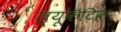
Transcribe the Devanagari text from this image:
ल्यूकॅटिक